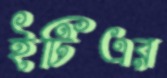
ইটিএর